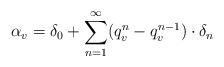
LaTeX: \begin{align*}\alpha_v=\delta_0+\sum_{n=1}^\infty (q_v^n-q_v^{n-1})\cdot\delta_n\,\end{align*}